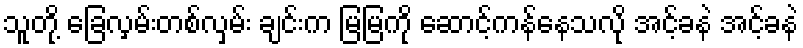
သူတို့ ခြေလှမ်းတစ်လှမ်း ချင်းက မြမြကို ဆောင့်ကန်နေသလို အင့်ခနဲ အင့်ခနဲ